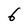
Character: 6